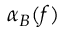
\alpha _ { B } ( f )